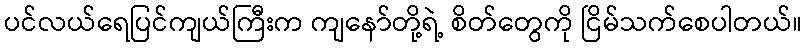
ပင်လယ်ရေပြင်ကျယ်ကြီးက ကျနော်တို့ရဲ့ စိတ်တွေကို ငြိမ်သက်စေပါတယ်။